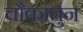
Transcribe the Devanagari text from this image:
चौकातुन